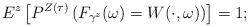
LaTeX: \begin{align*}E^z\left[P^{Z(\tau)}\left(F_{\gamma^z}(\omega)=W(\cdot,\omega)\right)\right]=1;\end{align*}